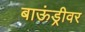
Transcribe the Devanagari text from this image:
बाऊंड्रीवर